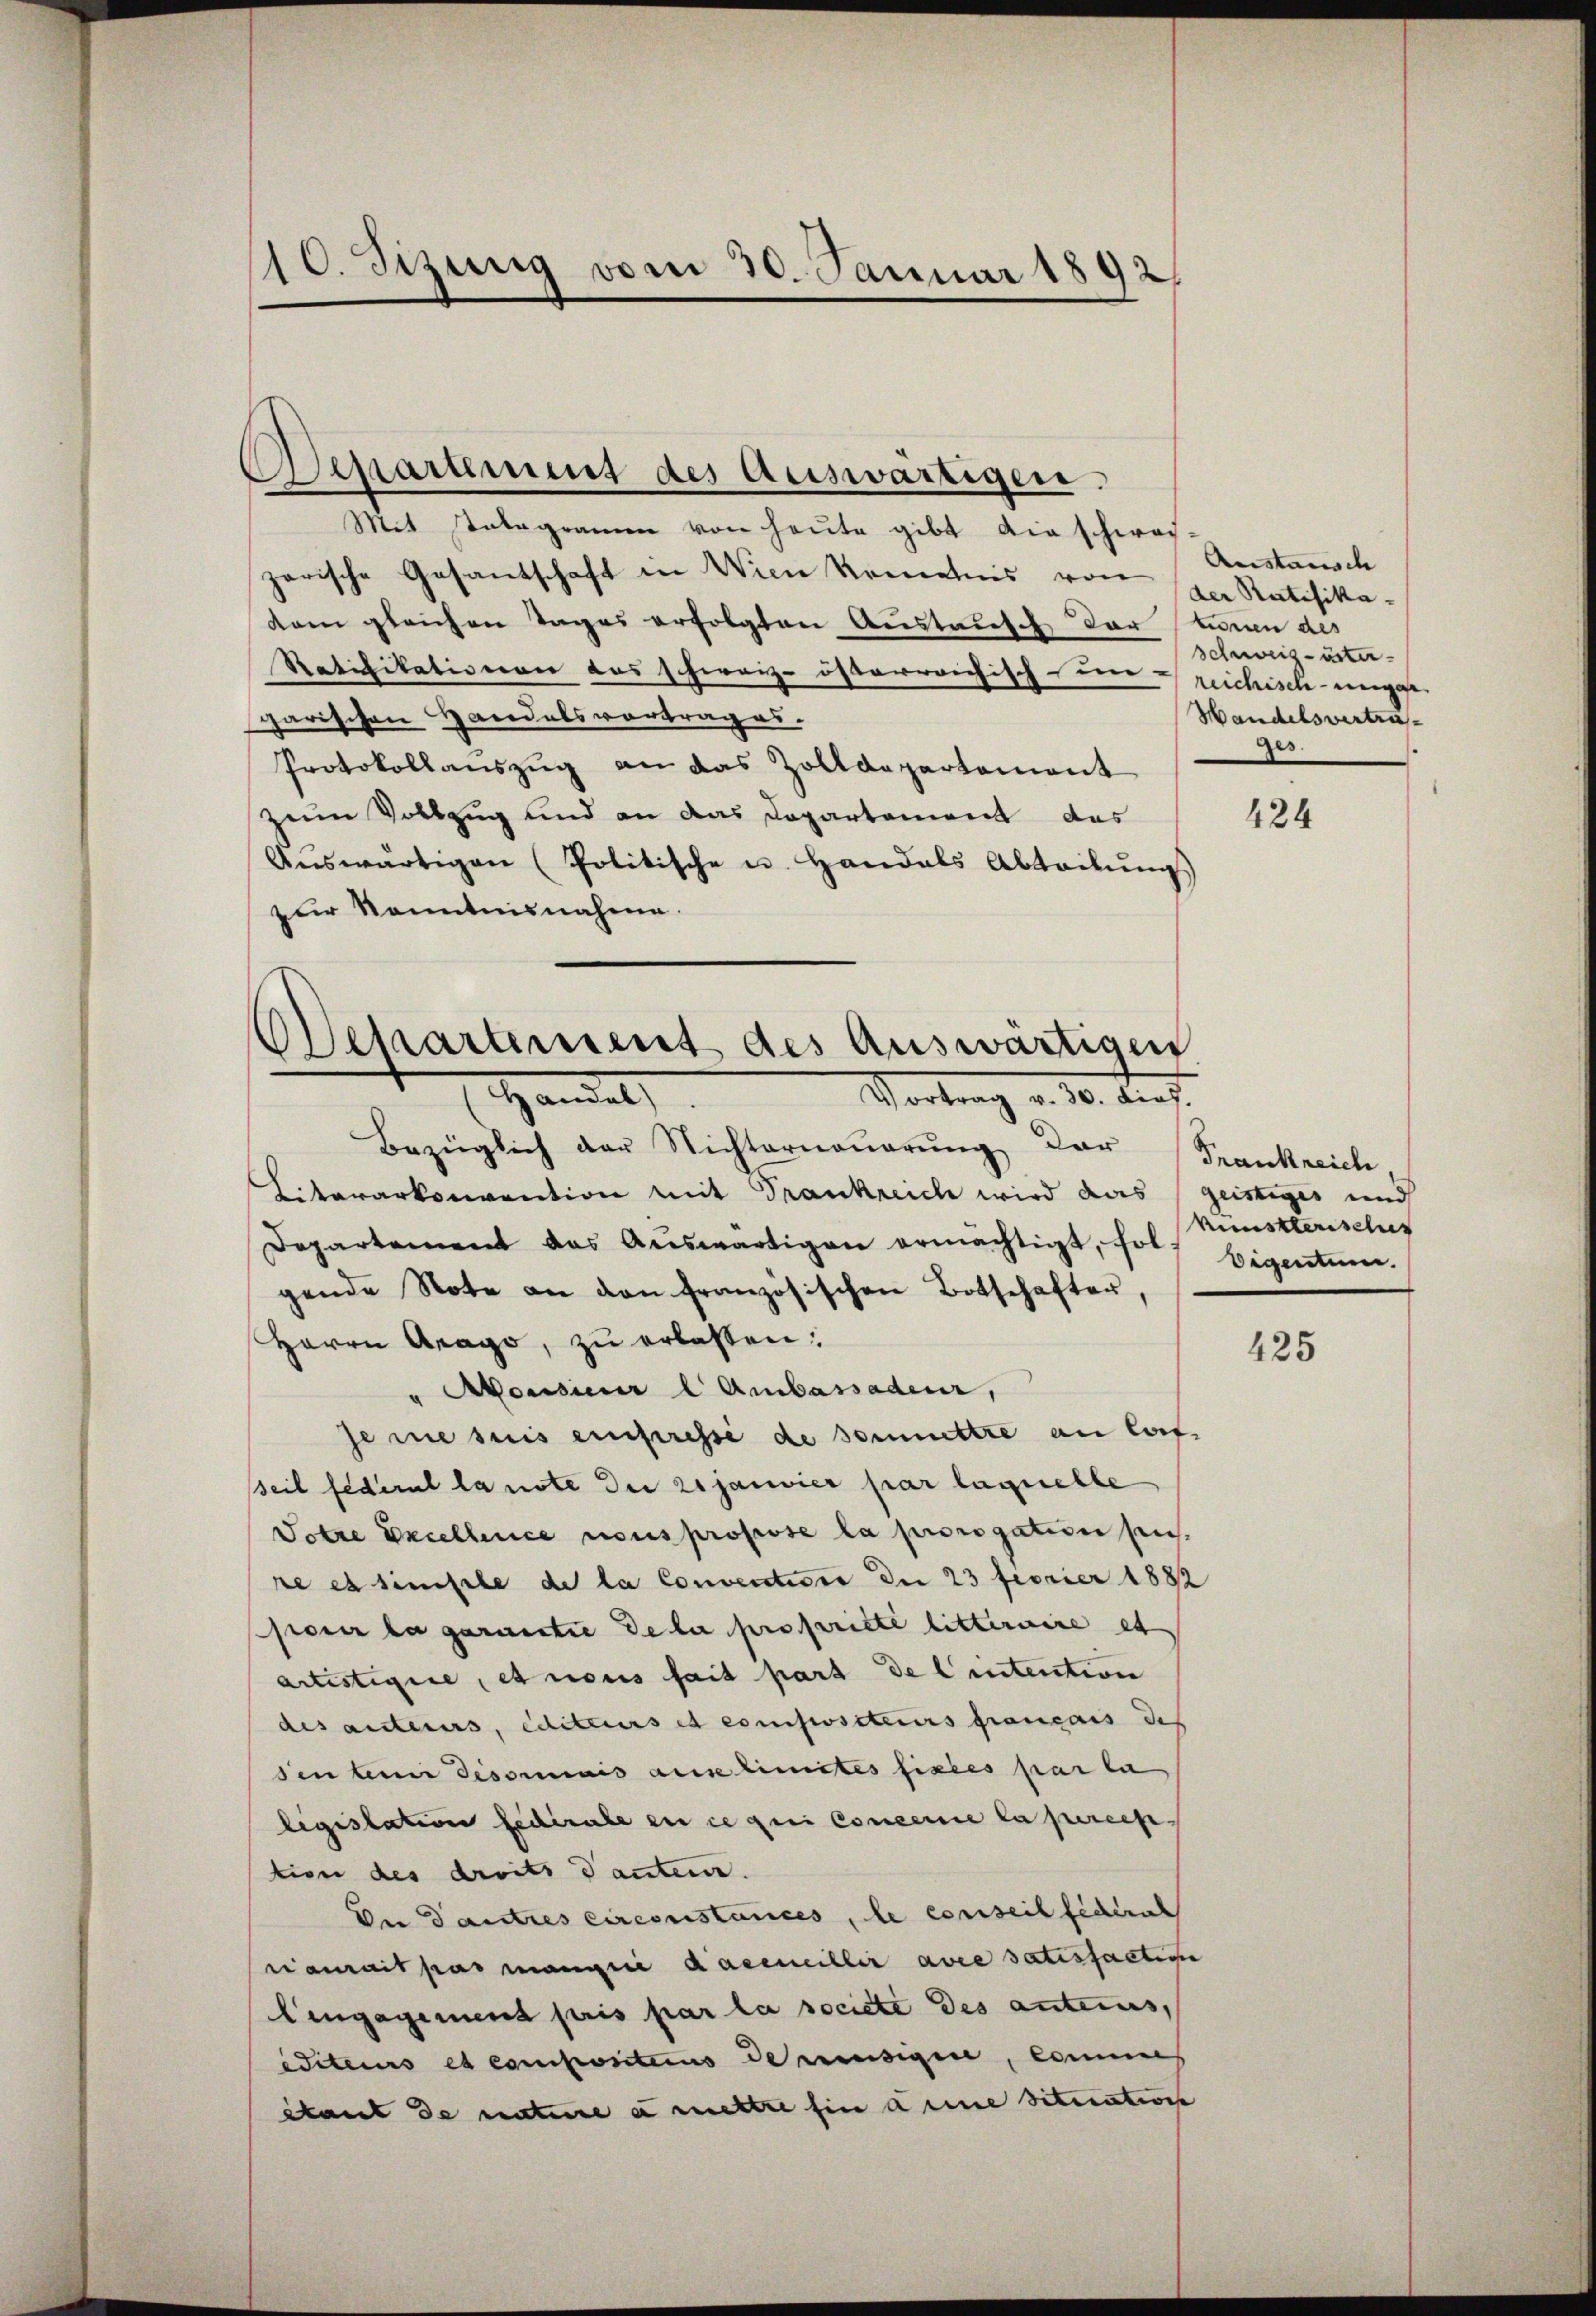
10. Sizung vom 30. Januar 1892

Departement des Auswärtigen.

Mit statogramm von heute gibt die schwac
zarische Gesantschaft in Wien Kenntnis von
kam gleichen Tages erfolgten Austausch der kann des
Ratifikationen das schweiz. österreichisch- um reichisch-negge-
garischen Handelsvortrages.
Protokollauszug an das Zolldepartement
zum Vollzug und an das Departement das
Aŭswärtigen (Politische u. Handals Abteilŭngs
zur Kenntnisnahme.

Separtement des Auswärtigen
Handel
Vortrag v. 30. dies.

Bezüglich der Nichterneŭerŭng der Frankreich,
Litararkonvention mit Frankreich wird das geistiges und
Departement das Aŭswärtigen ermächtigt, foll Eigentum.
gende Note an den französischen Botschafter,
Herrn Arago, zu erlassen:
Monsieur l Ambassaden,
Jeme suis einpressé de sommettre an Caf-
Teil federal la note der 21 janvier par laquelle
Totze Excellence nous propose la prorogation sei.
re es simple de la Convention der 23 fevrier 1882
pour la garantie de la propriété litteraire et
artistigire, et nonis fait part de l’intention
des auterus, editeurs et compositeurs français des
sen beim Tisommais aus limites fixées par la
ligislation federale en ce qui concence la percep
tion des droits danten.
Der Dautres circonstances, le conseil federich
rianait pas mange dareiller avec satisfaction
Lengagement pris par la societe des antecus,
editeurs et compositius de resigen, commes
étant de nature a mettre hin aine Situation

Austausch
der Ratifika-
Schweiz-öster
Handelsvertrages.

424

künstlerisches

425